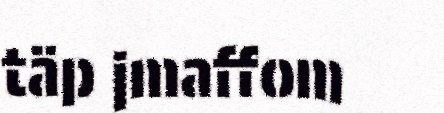
täp jmaffom